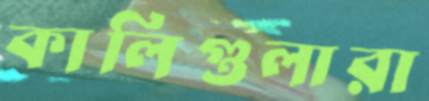
কালিগুলারা